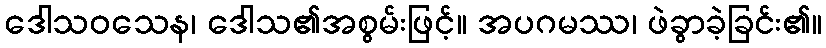
ဒေါသဝသေန၊ ဒေါသ၏အစွမ်းဖြင့်။ အပဂမဿ၊ ဖဲခွာခဲ့ခြင်း၏။